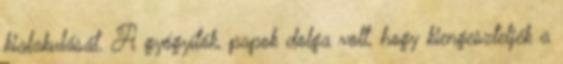
kialakulását. A gyógyítók, papok dolga volt, hogy kiengeszteljék a